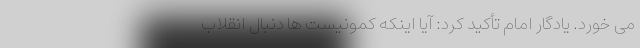
می خورد. یادگار امام تأکید کرد: آیا اینکه کمونیست ها دنبال انقلاب